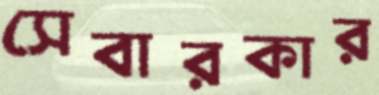
সেবারকার